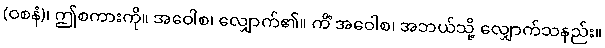
(ဝစနံ)၊ ဤစကားကို။ အဝေါစ၊ လျှောက်၏။ ကိံ အဝေါစ၊ အဘယ်သို့ လျှောက်သနည်း။